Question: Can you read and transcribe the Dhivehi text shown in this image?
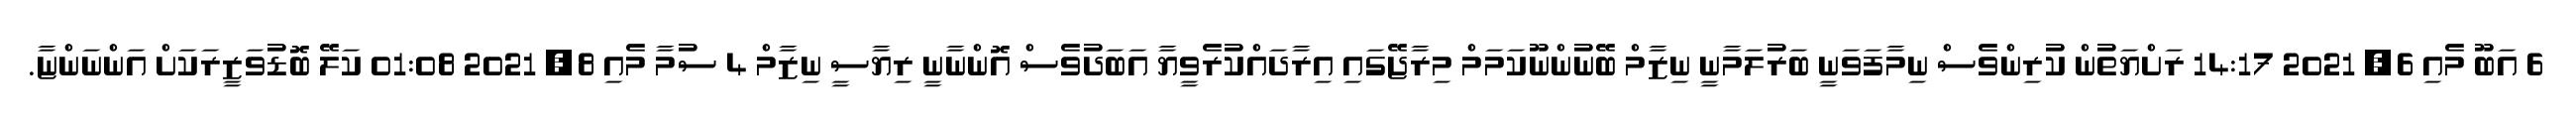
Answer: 6 އަބޫ މެއި 6, 2021 14:17 ރަށްޔަތުން ކުރިންވެސް ނިމާފަވަނީ ބަރުލަމާނީ ނިޒާމް ބޭނުންނޫކަމަމް މިރާޖޭގައި އިރާދައްކުރެވީޔާ އަބަދުވެސް އޮންނާނީ ރިޔާސީ ނިޒާމް 4 ސުމާ މެއި 8, 2021 01:08 ކަލޭ ބޮޑުވަޒީރަކަށް އަންނަންޏާ.